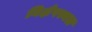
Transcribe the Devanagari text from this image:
निक्षेपस्थल